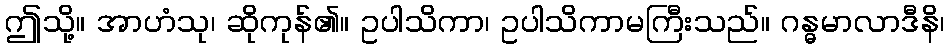
ဤသို့။ အာဟံသု၊ ဆိုကုန်၏။ ဥပါသိကာ၊ ဥပါသိကာမကြီးသည်။ ဂန္ဓမာလာဒီနိ၊